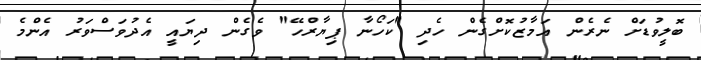
ބޮލީވުޑަށް ނެރެން އަމާޒުކޮށްގެން ހެދި "ކަހޯނާ ޕިޔާރްހޭ" ވެގެން ދިޔައީ އެދުވަސްވަރު އެންމެ